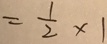
= \frac { 1 } { 2 } \times 1